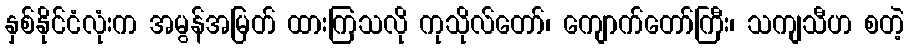
နှစ်နိုင်ငံလုံးက အမွန်အမြတ် ထားကြသလို ကုသိုလ်တော်၊ ကျောက်တော်ကြီး၊ သကျသီဟ စတဲ့